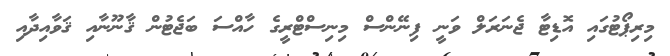
މިރިޕޯޓުގައި އޮޑިޓާ ޖެނަރަލް ވަނީ ފިނޭންސް މިނިސްޓްރީގެ ހާއްސަ ބަޖެޓުން ޤާނޫނާއި ޤަވާއިދާއި